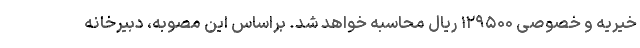
خیریه و خصوصی ۱۲۹۵۰۰ ریال محاسبه خواهد شد. براساس این مصوبه، دبیرخانه